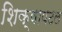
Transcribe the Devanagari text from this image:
शिक्षापटल